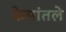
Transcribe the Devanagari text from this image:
केसांतले